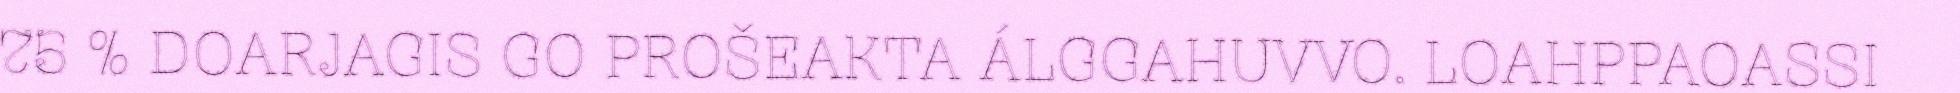
75 % DOARJAGIS GO PROŠEAKTA ÁLGGAHUVVO. LOAHPPAOASSI